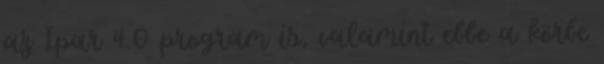
az Ipar 4.0 program is, valamint ebbe a körbe